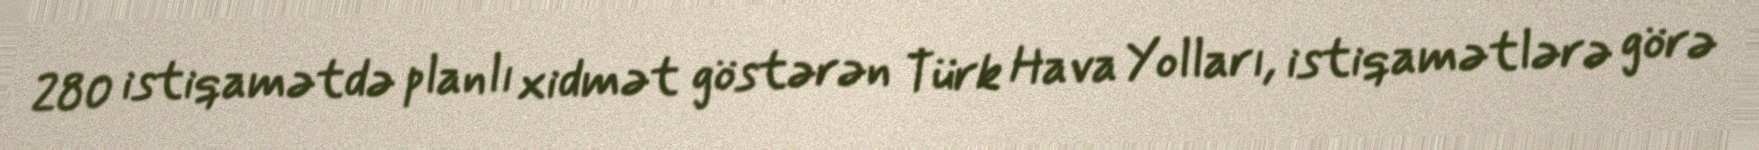
280 istiqamətdə planlı xidmət göstərən Türk Hava Yolları, istiqamətlərə görə